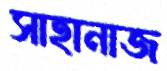
সাহানাজ